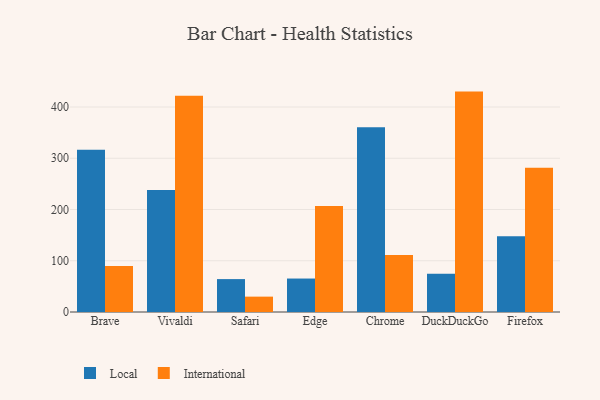
{"axis": {"x": "Browser", "y": "Demand Index"}, "legend": ["International", "Local"], "data": [{"x": "Brave", "y": 316.5, "type": "Local"}, {"x": "Brave", "y": 89.9, "type": "International"}, {"x": "Vivaldi", "y": 238.1, "type": "Local"}, {"x": "Vivaldi", "y": 421.8, "type": "International"}, {"x": "Safari", "y": 64.2, "type": "Local"}, {"x": "Safari", "y": 30.0, "type": "International"}, {"x": "Edge", "y": 65.3, "type": "Local"}, {"x": "Edge", "y": 207.0, "type": "International"}, {"x": "Chrome", "y": 360.4, "type": "Local"}, {"x": "Chrome", "y": 111.0, "type": "International"}, {"x": "DuckDuckGo", "y": 74.8, "type": "Local"}, {"x": "DuckDuckGo", "y": 430.1, "type": "International"}, {"x": "Firefox", "y": 147.7, "type": "Local"}, {"x": "Firefox", "y": 281.3, "type": "International"}]}